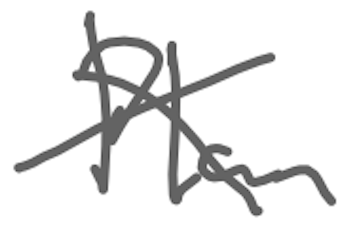
Text: Plan
Cross-out: cross
Writing tool: digital_gray